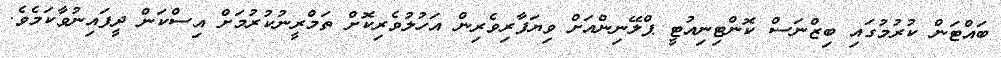
ބައްޓަން ކުރުމުގައި ބިޒްނަސް ކޮންޓިނިއުޓީ ޕްލޭނިންއަށް ވިޔަފާރިވެރިން އަހުލުވެރިކޮށް ތަމްރީނުކުރުމަށް އިސްކަން ދީފައިނުވާކަމެވެ.